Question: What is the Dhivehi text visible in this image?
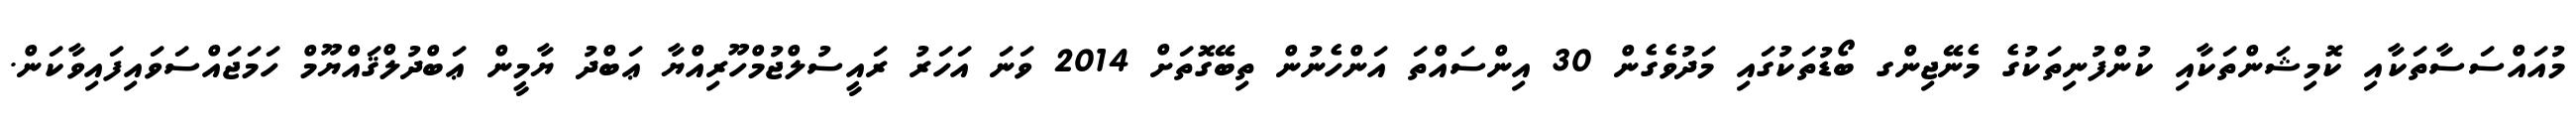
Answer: މުއައްސަސާތަކާއި ކޮމިޝަންތަކާއި ކުންފުނިތަކުގެ މެނޭޖިންގ ބޯޑުތަކުގައި މަދުވެގެން 30 އިންސައްތަ އަންހެނުން ތިބޭގޮތަށް 2014 ވަނަ އަހަރު ރައީސުލްޖުމްހޫރިއްޔާ ޢަބްދު ޔާމީން ޢަބްދުލްޤައްޔޫމް ހަމަޖައްސަވައިފައިވާކަން.